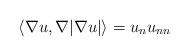
LaTeX: \begin{align*}\langle\nabla u,\nabla|\nabla u|\rangle=u_nu_{nn}\end{align*}